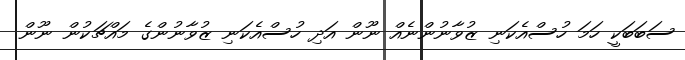
ސަބަބަކީ ހަމަ ހުސްއެކަނި ޒުވާނުންނެއް ނޫން އަދި ހުސްއެކަނި ޒުވާނުންގެ މައްޗަކުން ނޫން